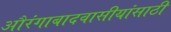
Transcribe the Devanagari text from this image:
औरंगाबादवासीयांसाठी